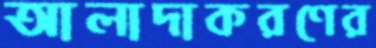
আলাদাকরণের